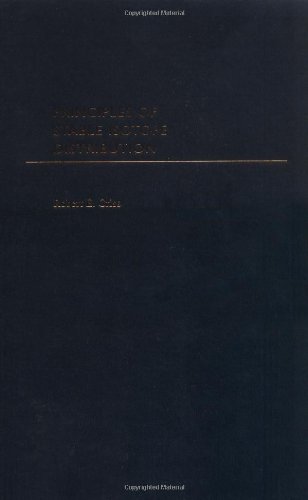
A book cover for Principles of Stable Isotope Distribution; Robert E. Criss; Science & Math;